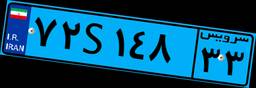
۸۳S۲۸۵۱۷